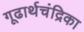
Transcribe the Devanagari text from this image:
गूढार्थचंद्रिका